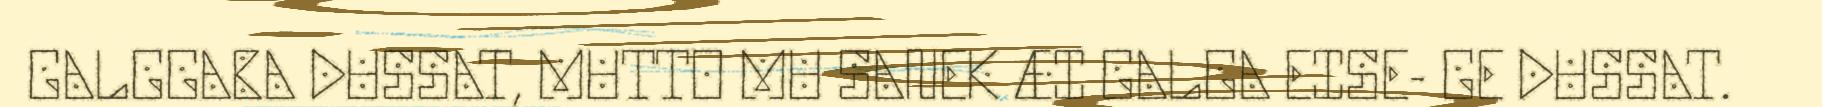
GALGGABA DUSSAT, MUTTO MU SANEK ÆI GALGA EISE- GE DUSSAT.